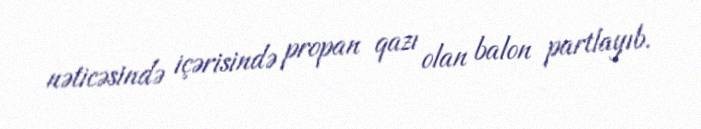
nəticəsində içərisində propan qazı olan balon partlayıb.